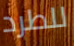
للطرد